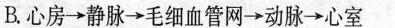
B.心房→静脉→毛细血管网→动脉→心室